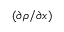
( \partial \rho / \partial x )